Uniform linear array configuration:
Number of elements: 8
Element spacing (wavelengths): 0.75
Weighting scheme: cosine
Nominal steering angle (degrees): -45
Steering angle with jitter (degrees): -46.127
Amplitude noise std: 0.05
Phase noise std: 0.05

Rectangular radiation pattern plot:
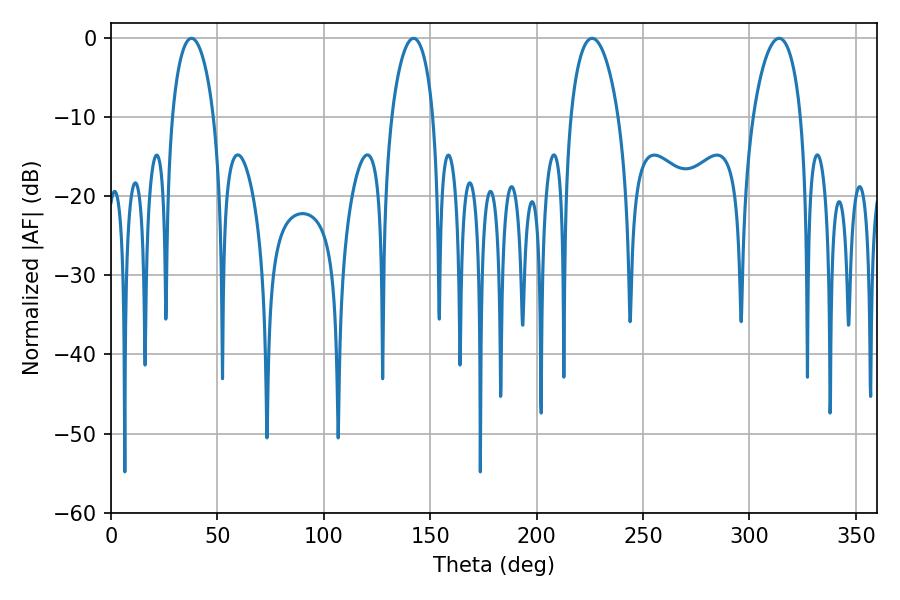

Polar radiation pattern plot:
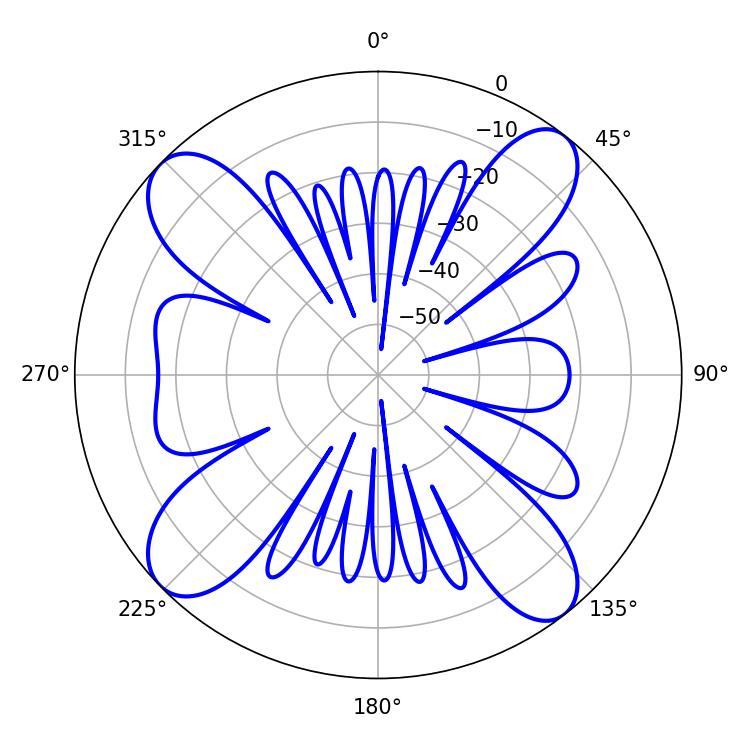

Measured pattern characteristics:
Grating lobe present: TRUE
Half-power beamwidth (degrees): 12.96
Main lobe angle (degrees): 226.08